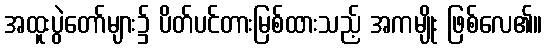
အထူးပွဲတော်များ၌ ပိတ်ပင်တားမြစ်ထားသည့် အကမျိုး ဖြစ်လေ၏။